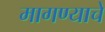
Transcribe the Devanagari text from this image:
मागण्याचे